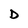
Character: D